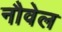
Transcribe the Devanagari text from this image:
नौवेल